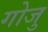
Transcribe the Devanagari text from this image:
गोजु